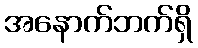
အနောက်ဘက်ရှိ